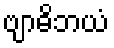
ဗျာဓိဘယံ